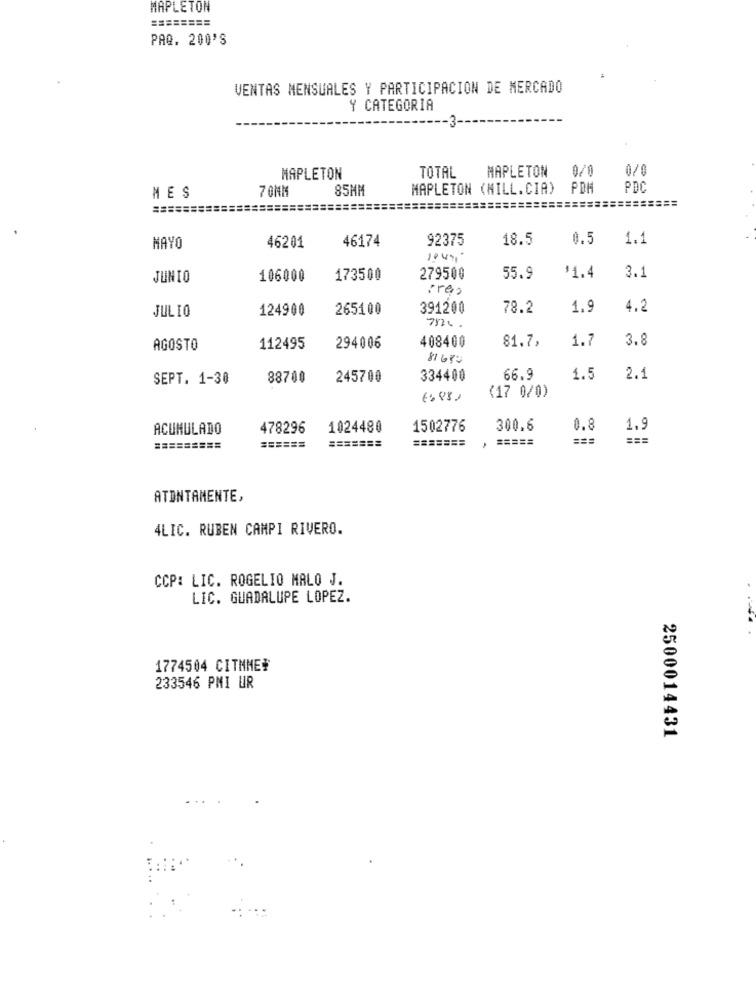
MAPLETON
========
PAQ. 200'S
VENTAS MENSUALES Y PARTICIPACION DE MERCADO
Y CATEGORIA
TOTAL
MAPLETON
9/0
0/0
MAPLETON
70NM
85HM
MAPLETON (MILL.CIA)
POH
PDC
MES
==========
=================
.
46174
92375
18.5
0.5
1.1
MAYO
46201
JUNIO
106000
173500
279500
55.9
$1.4
3.1
ires
JULIO
124900
265100
391200
78.2
1.9
4.2
7526.
408400
81.7,
1.
3.8
AGOSTO
112495
294006
81682
SEPT. 1-30
88700
245700
334400
66.9
1.5
2.1
(17 0/0)
ACUMULADO
478296
1024480
1502776
300.6
0.8
1.9
=======
=======
=====
===
===
=========
======
ATENTAMENTE,
4LIC. RUBEN CAMPI RIVERO.
CCP: LIC. ROGELIO MALO J.
LIC. GUADALUPE LOPEZ.
1774504 CITMME*
233546 PMI UR
2500014431